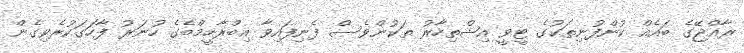
ރާއްޖޭގެ ބައެއް ކުންފުނިތަކުގެ ޓީވީ އިޝްތިހާރު ތަކުންވެސް ފެނިފައިވާ އިބްރާހީމްބެގެ ހުނަރު ފާހަަގަކުރެވިގެން